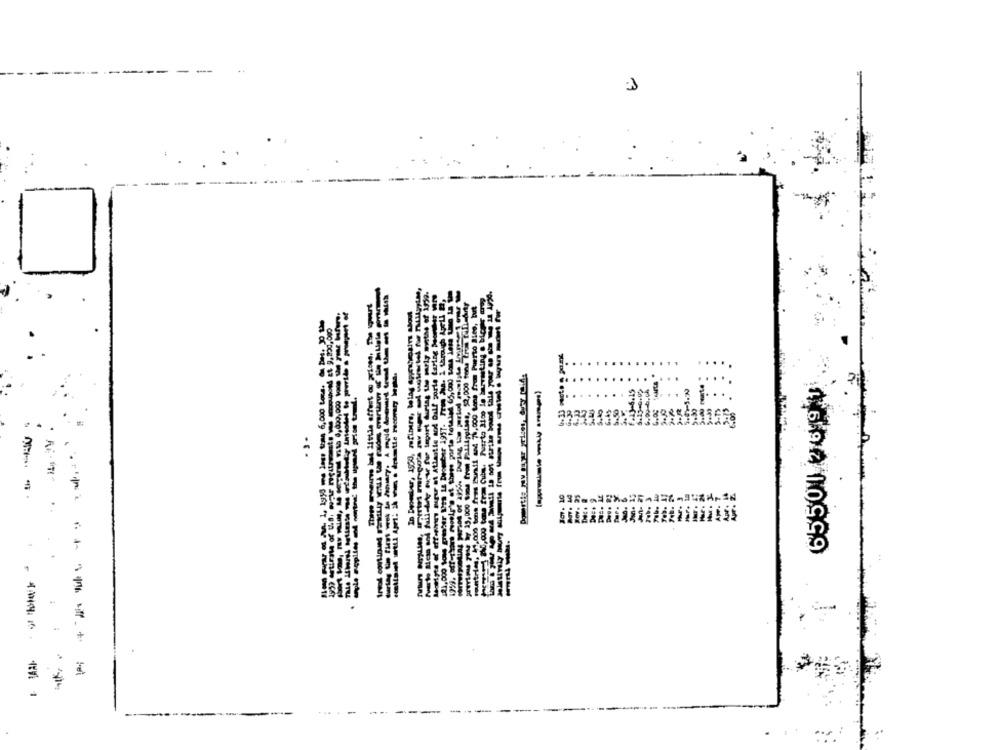
1
.
-------
-
--------
.
$694 10999
----------------
--